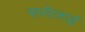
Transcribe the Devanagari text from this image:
रूसेलाई